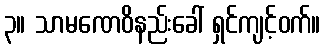
၃။ သာမဏေဝိနည်းခေါ် ရှင်ကျင့်ဝက်။